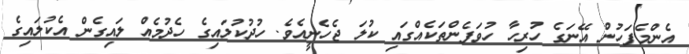
އެންމެފަހުން އޭނަގެ ހުރިހާ ހުވަފެންތަކެއްގައި ކުލަ ޖެހެނީއެވެ. ހުދުކުލައިގެ ހެދުމެއް ލައިގެން އެކުލައިގެ